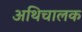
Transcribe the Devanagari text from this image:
अथिचालक